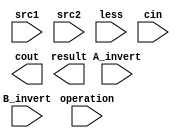
module alu_top(
               src1,       //1 bit source 1 (input)
               src2,       //1 bit source 2 (input)
               less,       //1 bit less     (input)
               A_invert,   //1 bit A_invert (input)
               B_invert,   //1 bit B_invert (input)
               cin,        //1 bit carry in (input)
               operation,  //operation      (input)
               result,     //1 bit result   (output)
               cout,       //1 bit carry out(output)
               );

input         src1;
input         src2;
input         less;
input         A_invert;
input         B_invert;
input         cin;
input [2-1:0] operation;

output        result;
output        cout;

reg           result;

always@(*)
begin

end

endmodule